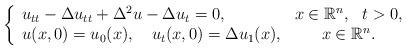
LaTeX: \begin{align*} \left\{\begin{array}[c]{lc}u_{tt}-\Delta u_{tt}+\Delta^2 u-\Delta u_t=0, & x\in\mathbb{R}^{n},\ \ t> 0,\\u(x,0)=u_{0}(x),\ \ \ u_t(x,0)=\Delta u_{1}(x), & x\in\mathbb{R}^{n}.\end{array}\right. \end{align*}